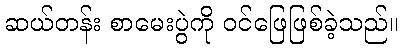
ဆယ်တန်း စာမေးပွဲကို ဝင်ဖြေဖြစ်ခဲ့သည်။